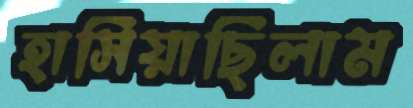
হাসিয়াছিলাম